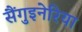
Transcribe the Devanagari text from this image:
सैंगुइनेरिया